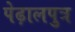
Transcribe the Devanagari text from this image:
पेढ़ालपुत्र